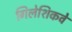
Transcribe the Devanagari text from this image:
गिलेशिकवे